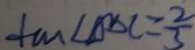
\tan \angle D D C = \frac { 2 } { 3 }